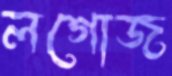
লগোজ